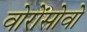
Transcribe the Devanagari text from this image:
वोरोंसोवो